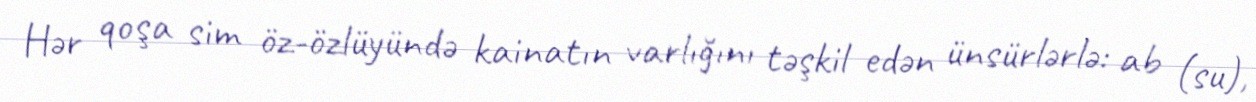
Hər qoşa sim öz-özlüyündə kainatın varlığını təşkil edən ünsürlərlə: ab (su),